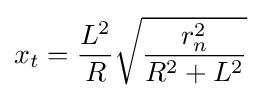
x_{t}={\frac {L^{2}}{R}}{\sqrt {\frac {r_{n}^{2}}{R^{2}+L^{2}}}}